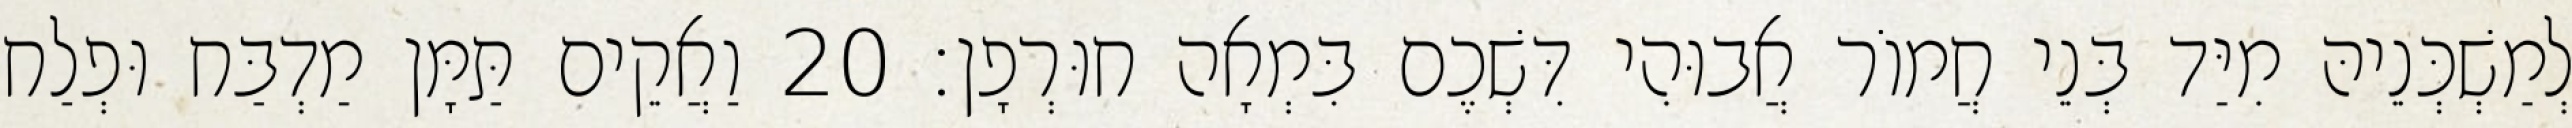
לְמַשְׁכְּנֵיהּ מִיַּד בְּנֵי חֲמוֹר אֲבוּהִי דִּשְׁכֶם בִּמְאָה חוּרְפָן׃ 20 וַאֲקֵים תַּמָּן מַדְבַּח וּפְלַח